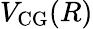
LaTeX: V_{\mathrm{CG}}(R)